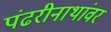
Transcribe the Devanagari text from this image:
पंढरीनाथांवर